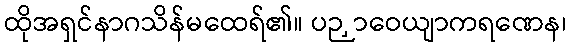
ထိုအရှင်နာဂသိန်မထေရ်၏။ ပဉှာဝေယျာကရဏေန၊